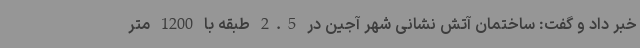
خبر داد و گفت: ساختمان آتش نشانی شهر آجین در 2.5 طبقه با 1200 متر